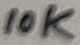
Text: 10K